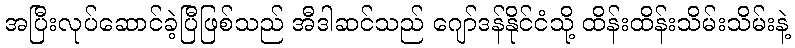
အပြီးလုပ်ဆောင်ခဲ့ပြီဖြစ်သည် အီဒါဆင်သည် ဂျော်ဒန်နိုင်ငံသို့ ထိန်းထိန်းသိမ်းသိမ်းနဲ့